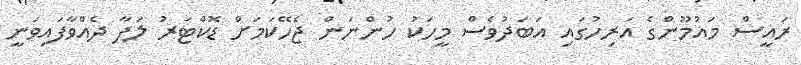
ރައީސް މައުމޫންގެ އަރިހުގައި އަބަދުވެސް މީހަކު ހުންނަން ޖެހޭކަމަށް ޑޮކްޓަރު ލަފާ ދެއްވާފައިވަނީ